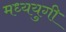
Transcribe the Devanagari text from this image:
मध्ययुगी